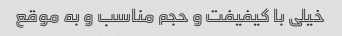
خیلی با کیفیفت و حجم مناسب و به موقع